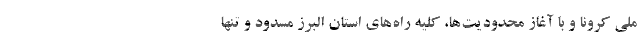
ملی کرونا و با آغاز محدودیت‌ها، کلیه راه‌های استان البرز مسدود و تنها